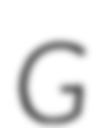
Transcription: G